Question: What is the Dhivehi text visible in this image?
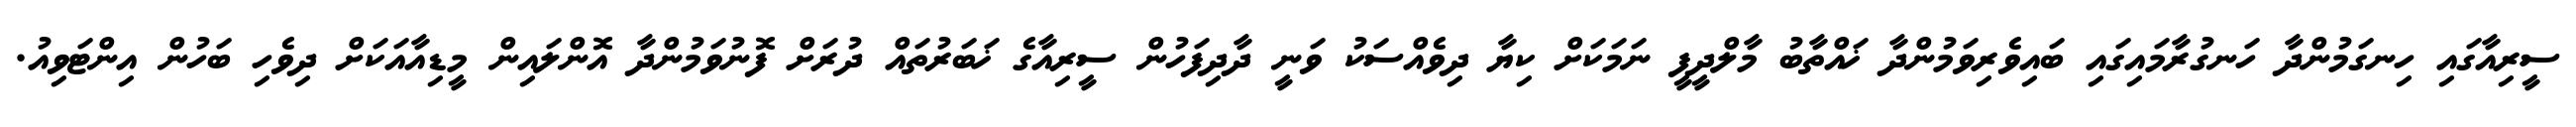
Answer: ސީރިއާގައި ހިނގަމުންދާ ހަނގުރާމައިގައި ބައިވެރިވަމުންދާ ޚައްތާބު މާލްދީފީ ނަމަކަށް ކިޔާ ދިވެއްސަކު ވަނީ ދާދިފަހުން ސީރިއާގެ ޚަބަރުތައް ދުރަށް ފޮނުވަމުންދާ އޮންލައިން މީޑިއާއަކަށް ދިވެހި ބަހުން އިންޓަވިއު.